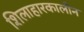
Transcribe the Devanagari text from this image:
शिलाहारकालीन